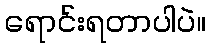
ရောင်းရတာပါပဲ။